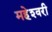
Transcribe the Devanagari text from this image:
महेश्‍वरी